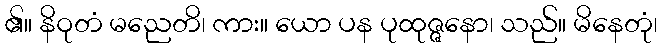
၏။ နိဝုတံ မညေတိ၊ ကား။ ယော ပန ပုထုဇ္ဇနော၊ သည်။ မိနေတုံ၊